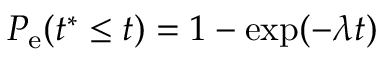
P _ { \mathrm { e } } ( t ^ { \ast } \leq t ) = 1 - \exp ( - \lambda t )